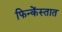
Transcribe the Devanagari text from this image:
फिन्केंस्तात